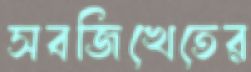
সবজিখেতের